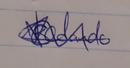
Signature authenticity: genuine